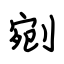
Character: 剜